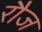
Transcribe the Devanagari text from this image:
रौज